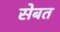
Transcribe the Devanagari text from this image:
सेबत